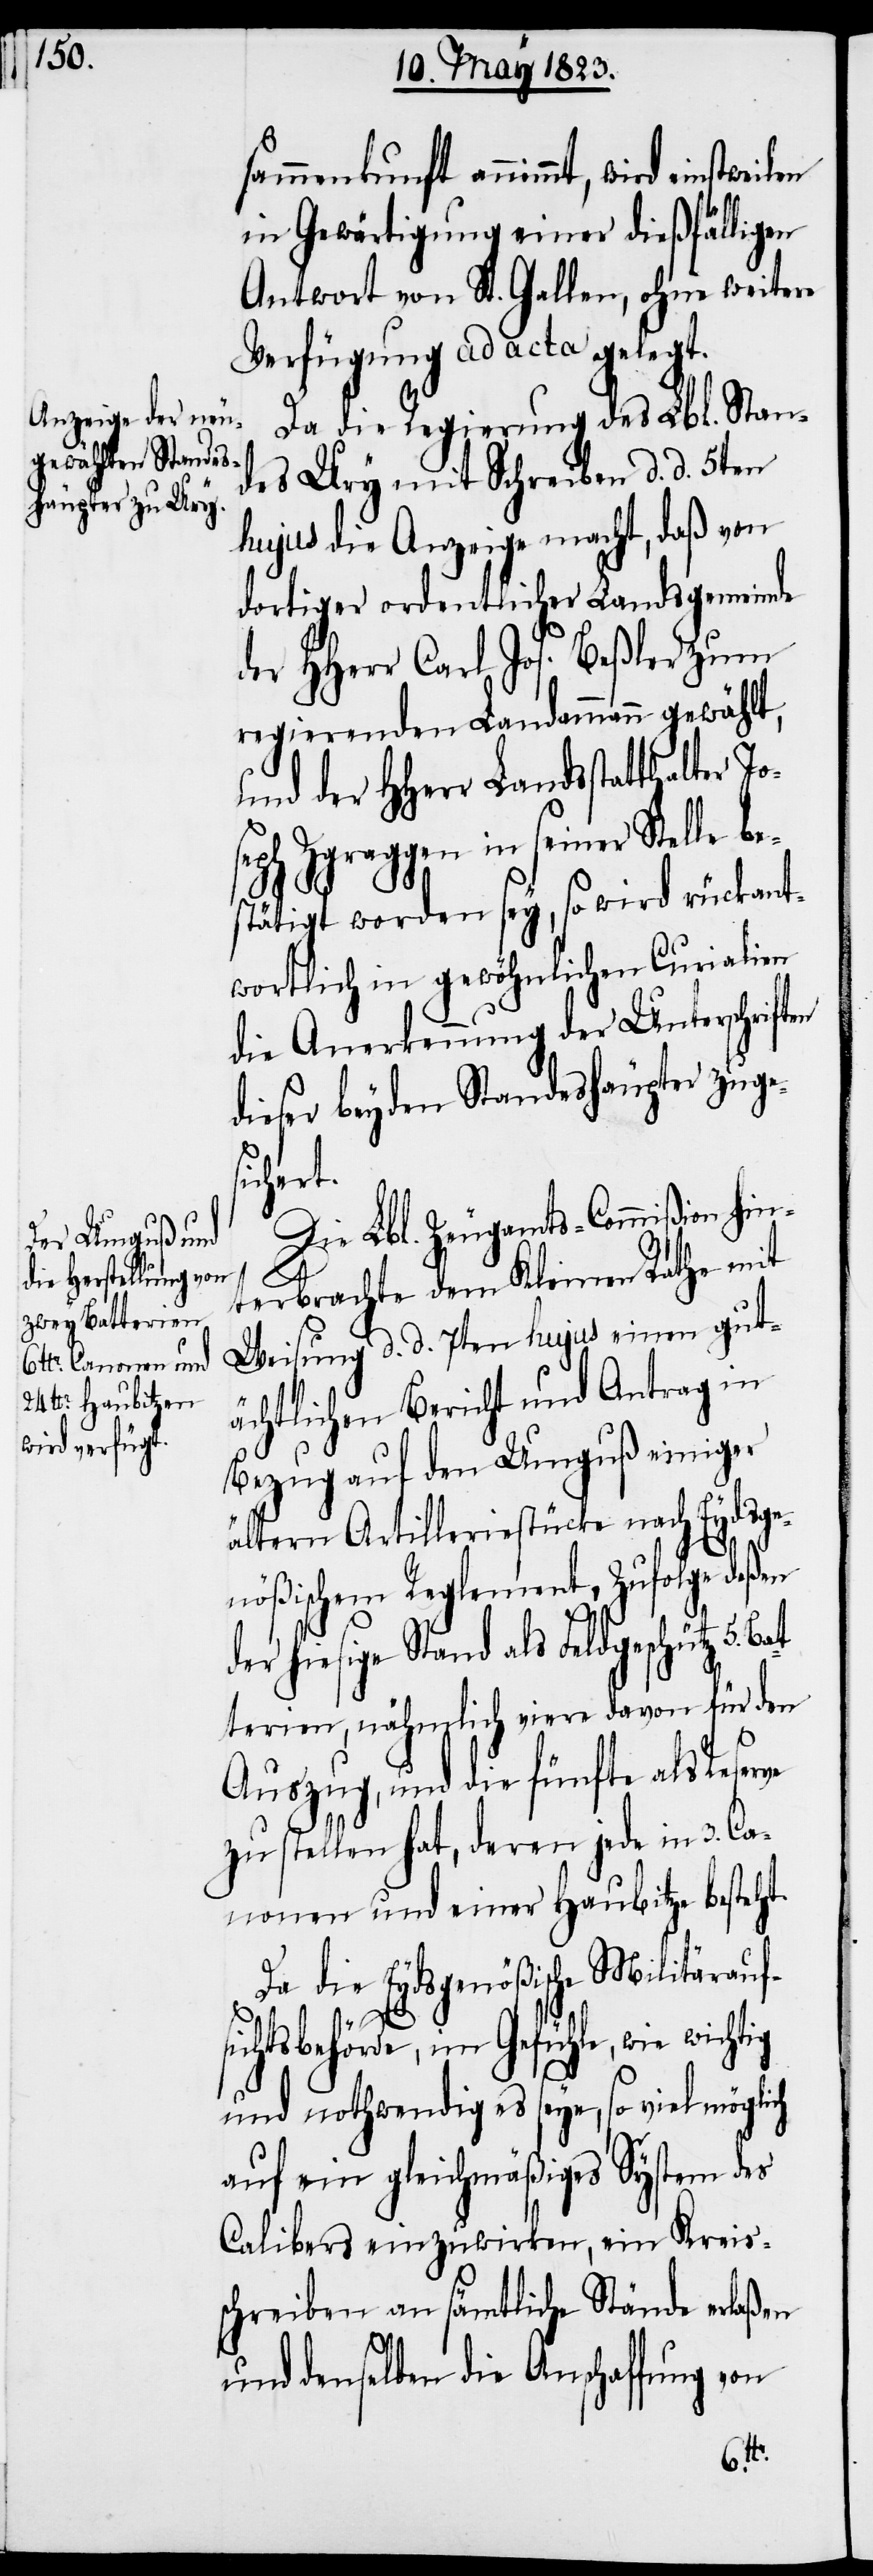
sammenkunft annimmt, wird
in Gewärtigung einer dießfälligen
Antwort von St. Gallen, ohne weitere
Verfügung ad acta gelegt.
Da die Regierung des Lbl. Stan¬
des Ury mit Schreiben d. d. 5ten
hujus die Anzeige macht, daß von
dortiger ordentlicher Landsgemeinde
der HHerr Carl Jos. Beßler zum
regierenden Landammann gewählt,
und der HHerr Landsstatthalter J¬
oseph Zgraggen in seiner Stelle be¬
stätigt worden sey, so wird rückant¬
wortlich in gewöhnlichen Curialien
die Anerkennung der Unterschriften
dieser beyden Standeshäupter zuge¬
sicher¬
Die Lbl. Zeugamts-Commißion hin¬
terbrachte dem Kleinen Rathe mit
Weisung d. d. 7ten hujus einen gut¬
ächtlichen Bericht und Antrag in
Bezug auf den Umguß einiger
ältern Artilleriestücke nach Eydsge¬
nößischem Reglement, zufolge deßen
der hiesige Stand als Feldgeschütz
terien, nähmlich viere davon für den
Auszug, und die fünfte als Reserve
zu stellen hat, deren jede in 3. Ca¬
nonen und einer Haubitze besteht.
Da die Eydsgenößische Militärauf¬
ig
sichtsbehörde, im Gefühle, wie wicht¬
und nothwendig es seye, so viel möglich
auf ein gleichmäßiges System des
Calibers einzuwirken, ein Kreis¬
schreiben an sämtliche Stände erlaßen
und denselben die Anschaffung von
5. Bat¬